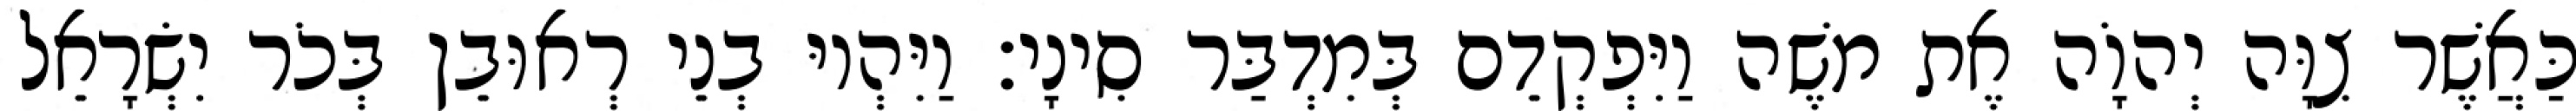
כַּאֲשֶׁר צִוָּה יְהוָֹה אֶת משֶׁה וַיִּפְקְדֵם בְּמִדְבַּר סִינָי׃ וַיִּהְיוּ בְנֵי רְאוּבֵן בְּכֹר יִשְׂרָאֵל